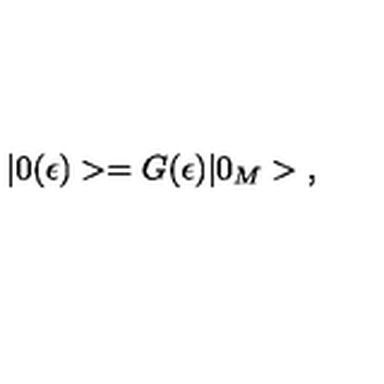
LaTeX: | 0 ( \epsilon ) > = G ( \epsilon ) | 0 _ { M } > { , }